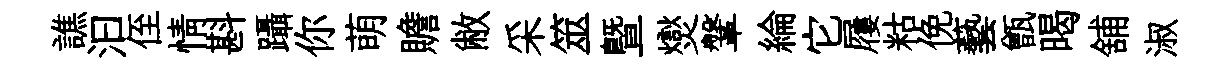
譙汩侄情斟躡你萌贍敝采筮曁爕鞶綸它屨䊀俛藝甑暍舖淑